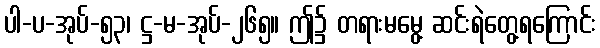
ပါ-ပ-အုပ်-၅၃၊ ဋ္ဌ-မ-အုပ်-၂၆၅။ ဤ၌ တရားမမွေ့ ဆင်းရဲတွေ့ရကြောင်း